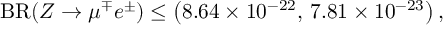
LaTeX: { \mathrm { B R } } ( Z \to \mu ^ { \mp } e ^ { \pm } ) \le \left( 8 . 6 4 \times 1 0 ^ { - 2 2 } , \, 7 . 8 1 \times 1 0 ^ { - 2 3 } \right) ,